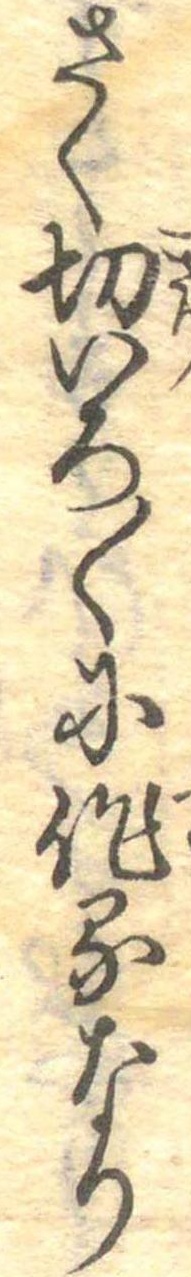
さく切いろ〱に作るなり